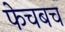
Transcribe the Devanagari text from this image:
फेचबच